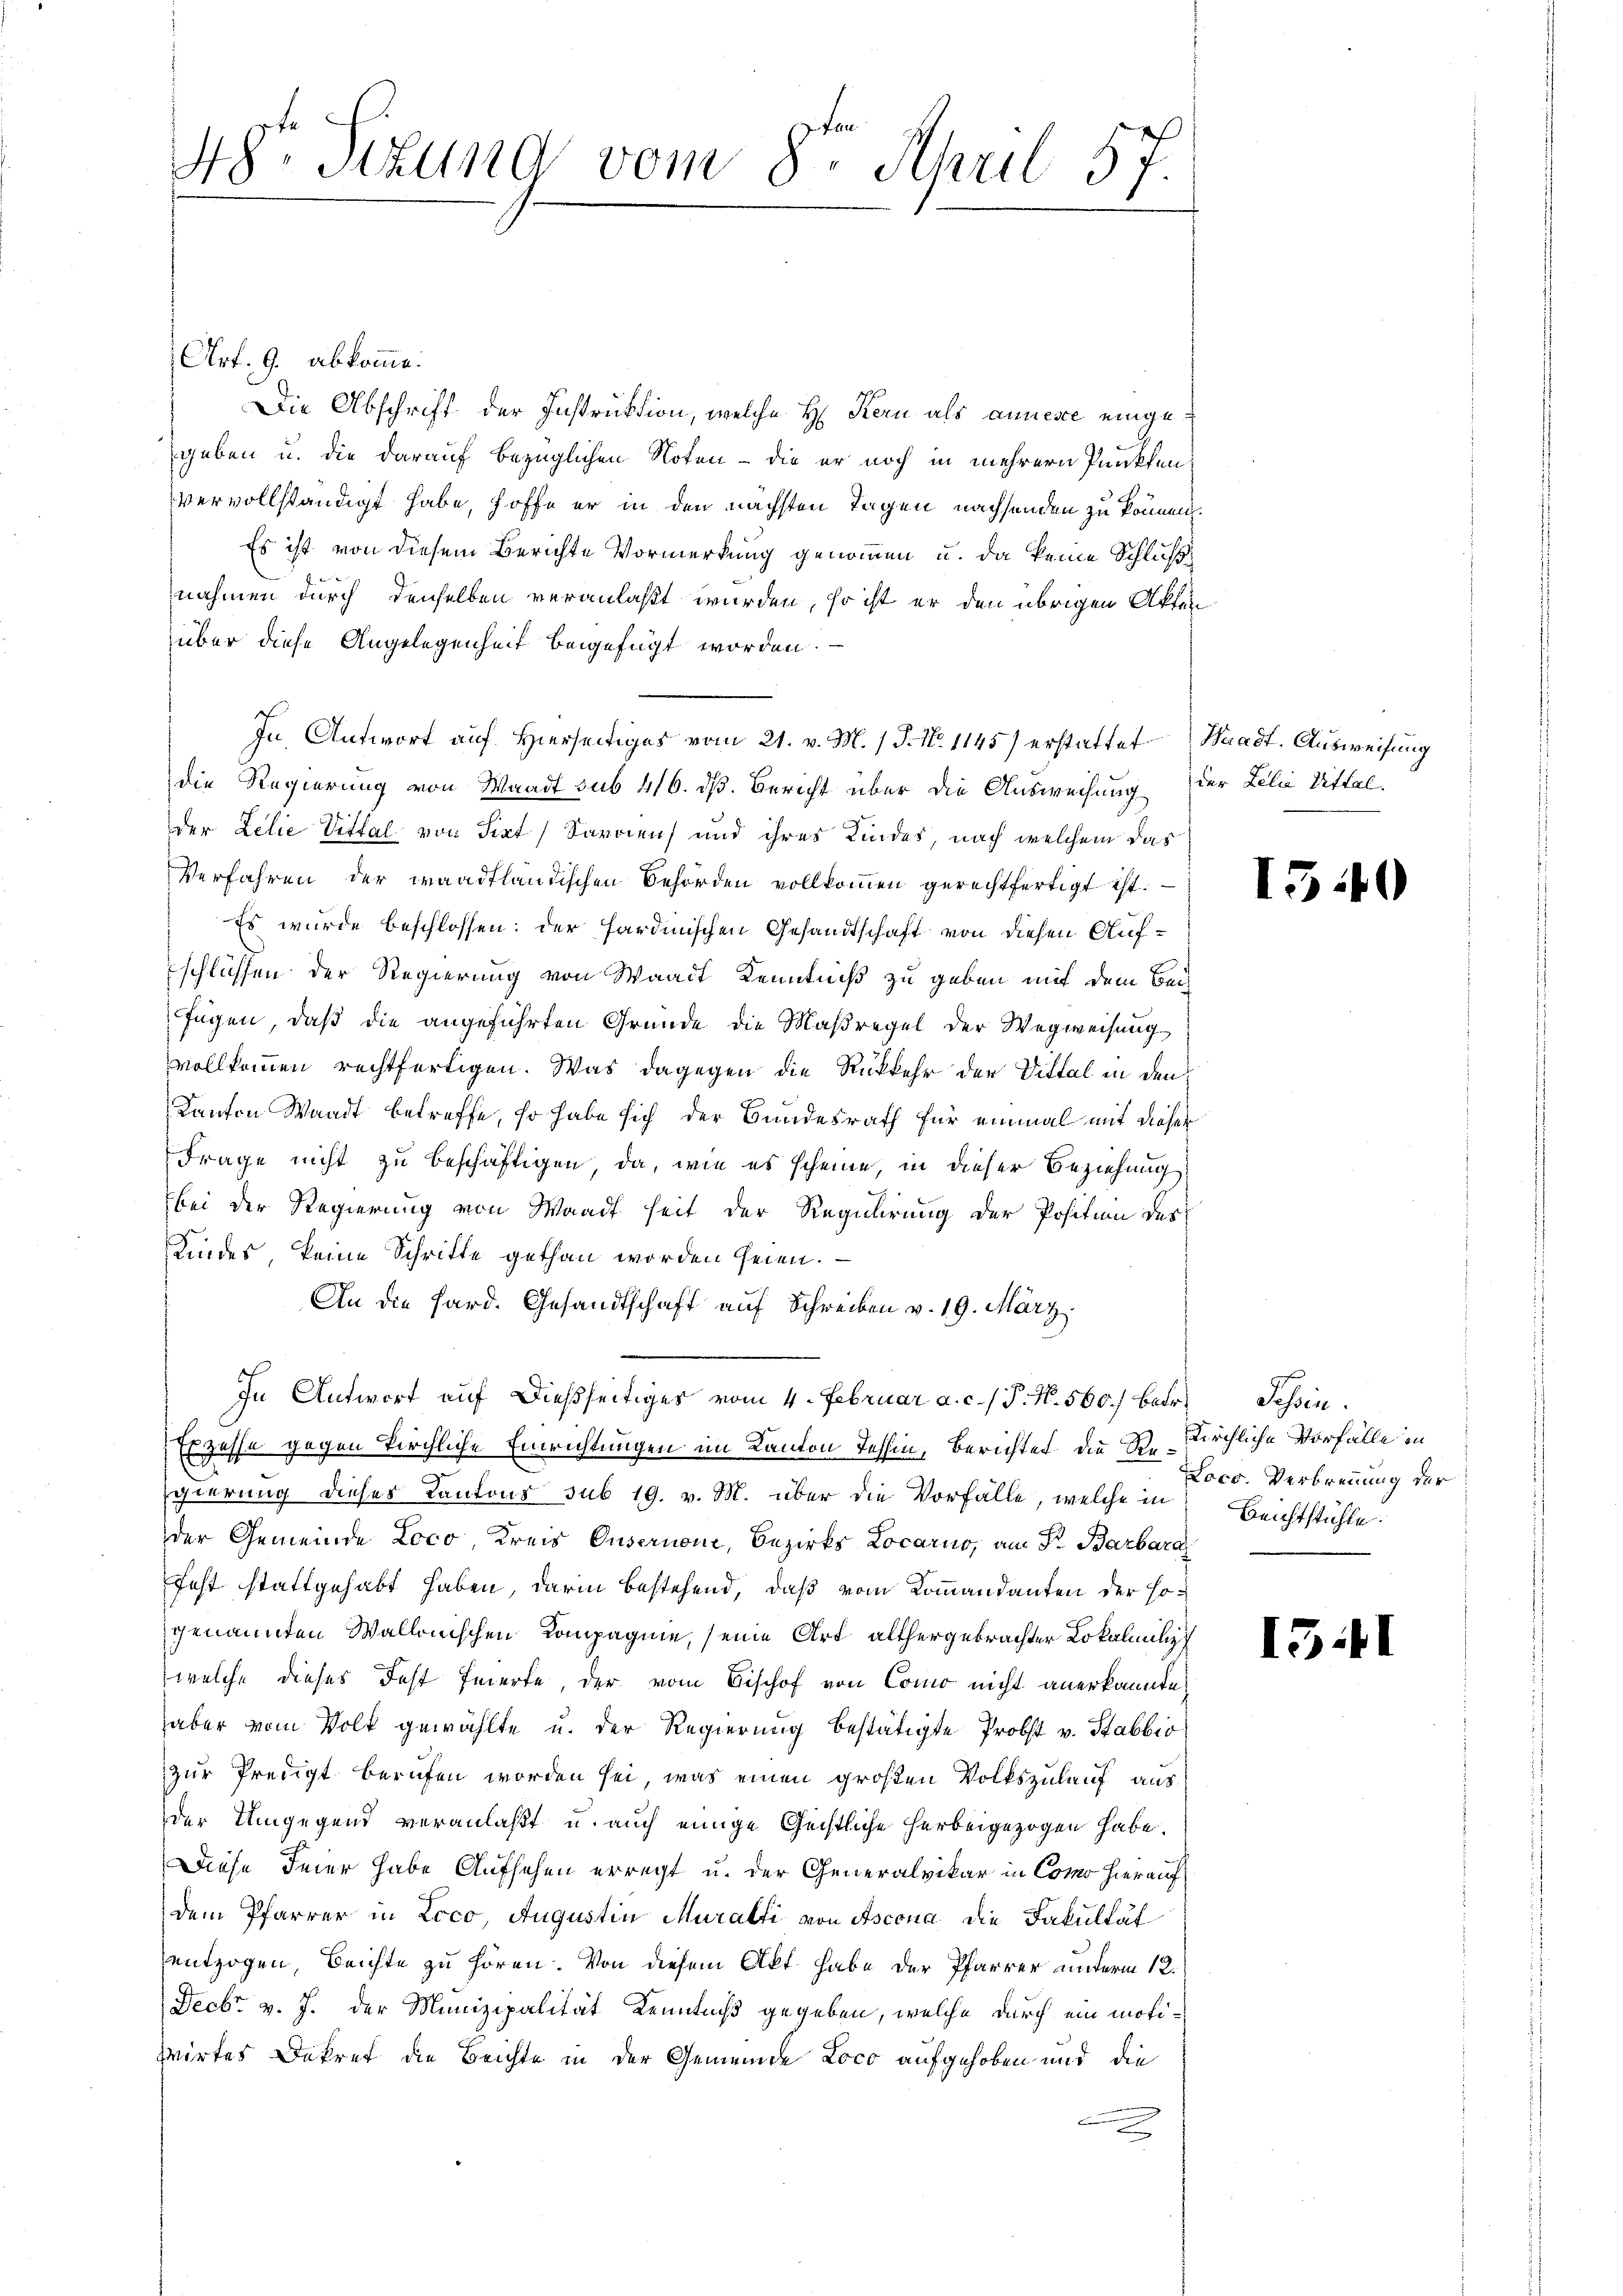
48. Sitzung vom 8ten April 57.

Art. 9. abkomme.
Die Abschrift der Instruktion, welche H. Kern als annesse eingegeben u. die darauf bezüglichen Noten - die er noch in mehrern Punkten
vervollständigt habe, hoffe er in den nächsten Tagen nachsenden zu können.
Es ist von diesem Berichte Vormerkung genommen u. da keine Schluß
nahmen durch denselben veranlaßt wurden, so ist er den übrigen Akten
über diese Angelegenheit beigefügt worden.
In Antwort auf Hierseitiges vom 21. v. M. / P. Nr. 1145) erstattet Waadt. Ausweisung
die Regierung von Waadt sub 416. dß. Bericht über die Ausweisung der Lilie Mittel-
der Zelie Vittal von Sixt Sardiens und ihres Kindes, nach welchem das
Verfahren der waadtländischen Behörden vollkommen gerechtfertigt ist.
Es wurde beschlossen: der Hardinischen Gesandtschaft von diesen Aufschlüssen der Regierung von Waadt Kenntniß zu geben mit dem Beifügen, daß die angeführten Gründe die Maßregel der Wegweisung
vollkommen rechtfertigen. Was dagegen die Rückkehr der Dittal in den
Kanton Waadt betreffe, so habe sich der Bundesrath für einmal mit dieser
Frage nicht zu beschäftigen, da, wie es scheine, in dieser Beziehung
bei der Regierung von Waadt seit der Regulirung der Position des
Kindes, keine Schritte gethan worden seien.
An die Hard. Gesandtschaft auf Schreiben v. 19. März.
In Antwort auf dießseitiges vom 4. Februar a. c. / P. N. 560.) betr¬
Es zesse gegen kirchliche Einrichtungen im Kanton Tessin, Berichtes die S. Kirchliche Vorfälle in
gierung dieses Kantons sub 19. v. M. über die Vorfälle, welche in
der Gemeinde Loco, Kreis Ousernom, Bezirks Locarno, am Fr. Barbara
fest stattgehabt haben, darin bestehend, daß vom Kommandanten der Hogenannten Wallonischen Kompagnie, seine Art althergebrachter Lokalmili
welche dieses Fest feierte, der vom Bischof von Como nicht anerkannte
aber vom Volk gewählte u. der Regierung bestätigte Probst v. Stabbio
zur Predigt berufen worden sei, was einen großen Volkszulauf aus
der Umgegend veranlaßt u. auch einige Geistliche herbeigezogen habe.
Diese Feier habe Aufsehen erregt u. der Generalvikar in Como hierauf
dem Pfarrer in Loco, Augustin Muralti von Ascona die Fakultät
entzogen, Beichte zu hören. Von diesem Akt habe der Pfarrer unterm 12.
Decbr. v. J. der Munizipalität Kenntniß gegeben, welche durch ein motiwirtes Dekret die Beichte in der Gemeinde Loco aufgehoben und die

15.

15.

)

Schine.
Loco. Verbrennung der
Beichtstühle.

.